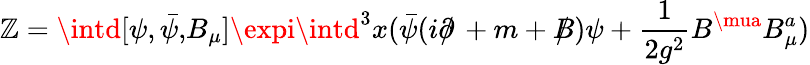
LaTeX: \mathbb{Z}=\intd[\psi,\bar{{\psi,}}B_{\mu}]\expi\intd^{3}x(\bar{{\psi}}(i\partial\! \! \! /\, +m+B\! \! \! \! /\, )\psi+\frac{{1}}{{2g^{2}}}B^{\mua}B_{\mu}^{a})